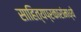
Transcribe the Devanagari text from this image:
साहित्यप्रकारांमध्ये